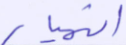
انهيار